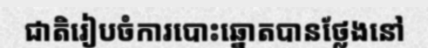
ជាតិរៀបចំការបោះឆ្នោតបានថ្លែងនៅ